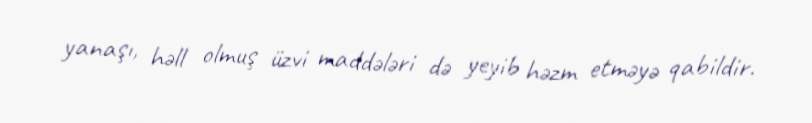
yanaşı, həll olmuş üzvi maddələri də yeyib həzm etməyə qabildir.